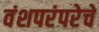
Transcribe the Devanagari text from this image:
वंशपरंपरेचे